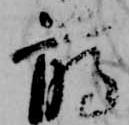
臈